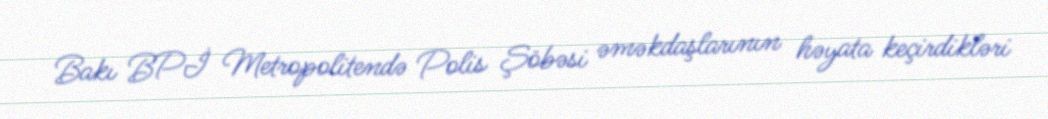
Bakı BPİ Metropolitendə Polis Şöbəsi əməkdaşlarının həyata keçirdikləri